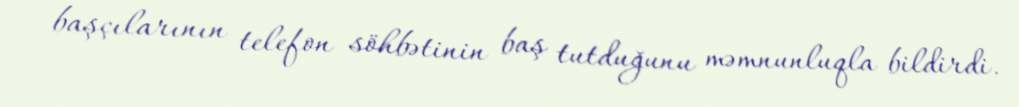
başçılarının telefon söhbətinin baş tutduğunu məmnunluqla bildirdi.